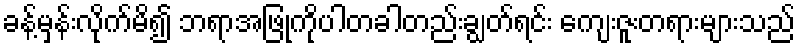
ခန့်မှန်းလိုက်မိ၍ ဘရာအဖြုကိုပါတခါတည်းချွတ်ရင်း ကျေးဇူးတရားများသည်